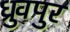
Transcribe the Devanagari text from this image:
ध्रुवपुर